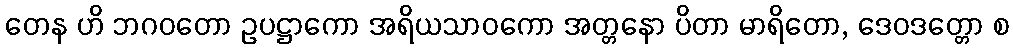
တေန ဟိ ဘဂဝတော ဥပဋ္ဌာကော အရိယသာဝကော အတ္တနော ပိတာ မာရိတော, ဒေဝဒတ္တော စ